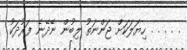
. . . . . ހިޔަލަކަށް ޖަންނަތު ލިބުން ނޭދޭނެ ފަރުދަކު